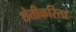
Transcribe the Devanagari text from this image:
शेतीकरिता